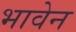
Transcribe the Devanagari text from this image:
भावेन